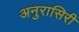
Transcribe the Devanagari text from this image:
अनुरासिरी